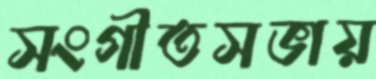
সংগীতসভায়